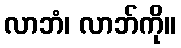
လာဘံ၊ လာဘ်ကို။